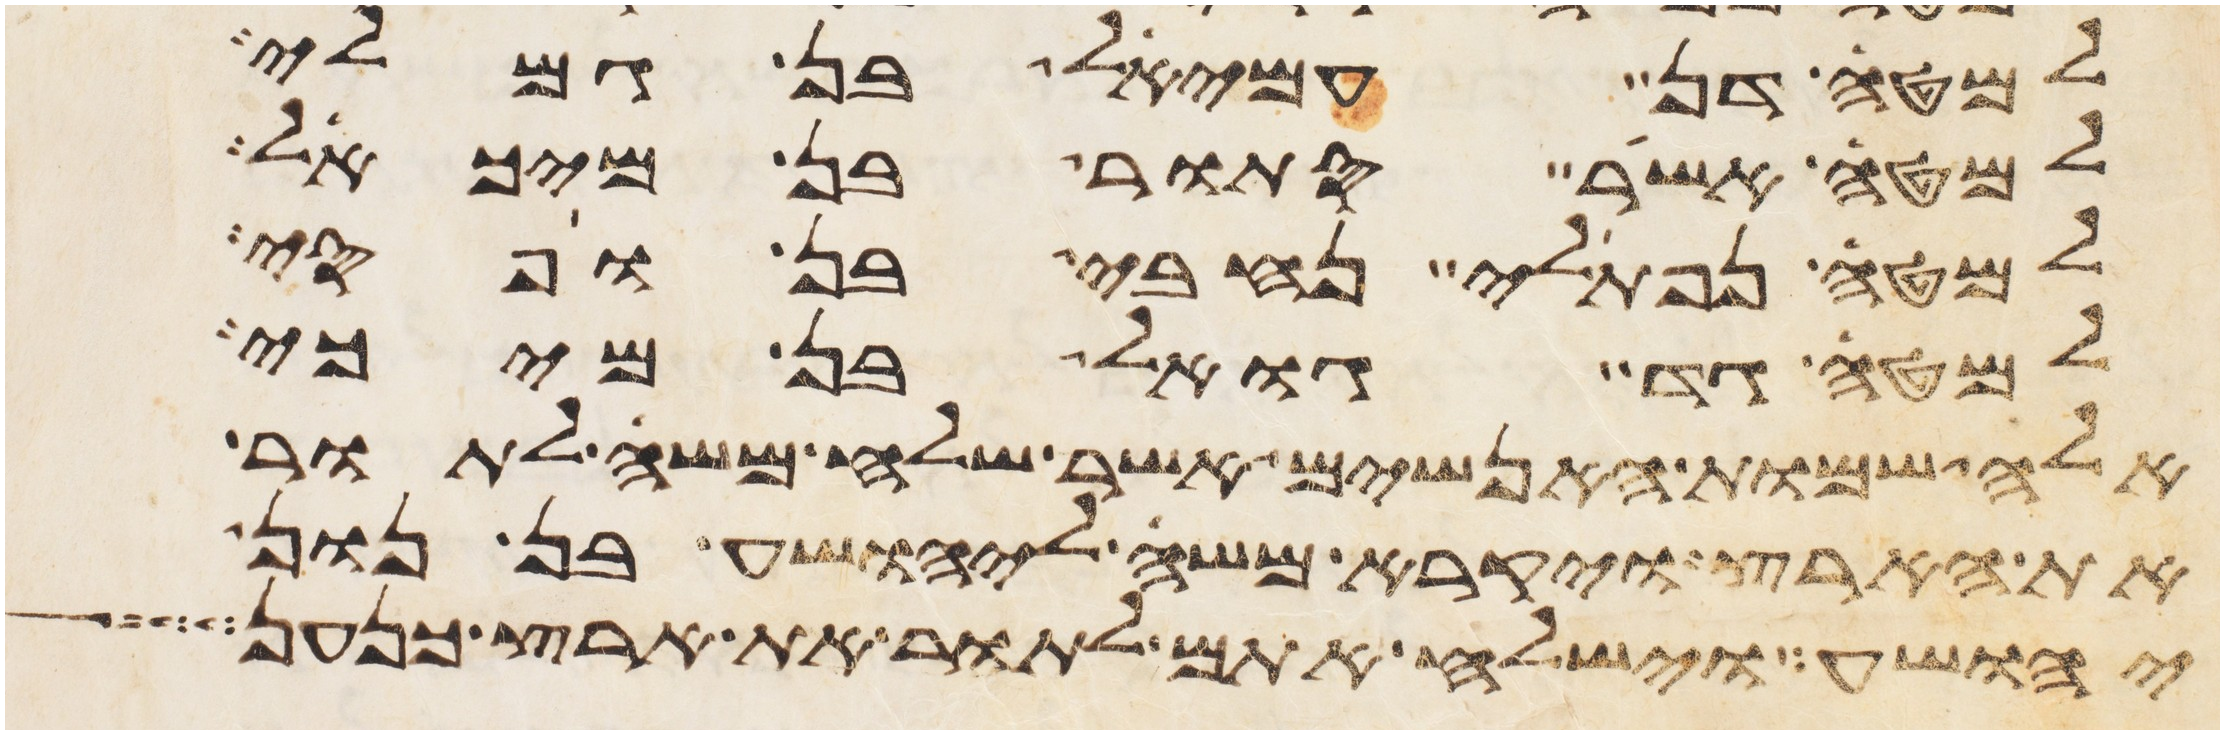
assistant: למטה דן עמיאל בן גמלי
למטה אשר סתור בן מיכאל
למטה נפתלי נחבי בן ופסי
למטה גד גואל בן מיכי
אלה שמות האנשים אשר שלח משה לתור
את הארץ ויקרא משה ליהושע בן נון
יהושע וישלח אתם לתור את ארץ כנען